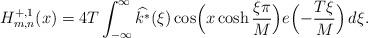
LaTeX: \begin{align*}H_{m, n}^{+, 1}(x) = 4 T \int_{-\infty}^\infty \widehat{k^*}(\xi) \cos\Bigl ( x \cosh \frac{\xi \pi}{M} \Bigr) e \Bigl ( - \frac{T \xi}{M} \Bigr) \, d \xi.\end{align*}